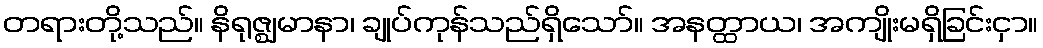
တရားတို့သည်။ နိရုဇ္ဈမာနာ၊ ချုပ်ကုန်သည်ရှိသော်။ အနတ္ထာယ၊ အကျိုးမရှိခြင်းငှာ။